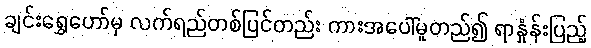
ချင်းရွှေဟော်မှ လက်ရည်တစ်ပြင်တည်း ကားအပေါ်မူတည်၍ ရာနှုံန်းပြည့်